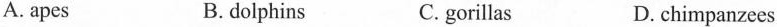
A. apes B. dolphins C. gorillas D. chimpanzees